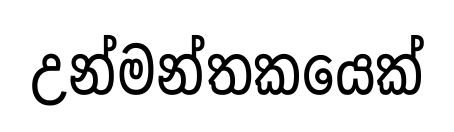
උන්මන්තකයෙක්